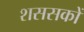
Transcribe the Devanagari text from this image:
शससकों